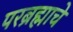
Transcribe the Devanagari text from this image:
परब्रह्माचे